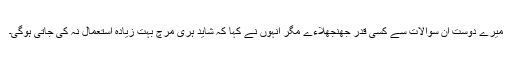
میرے دوست ان سوالات سے کسی قدر جھنجھلاءے مگر انہوں نے کہا کہ شاید ہری مرچ بہت زیادہ استعمال نہ کی جاتی ہوگی۔